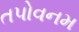
તપોવનમ